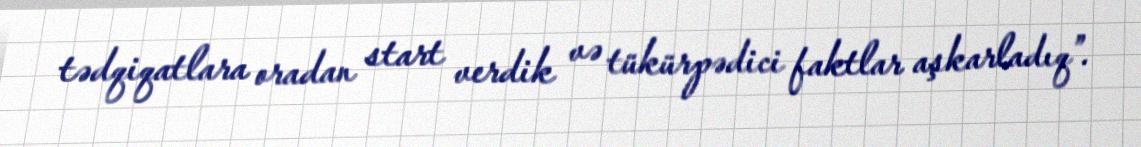
tədqiqatlara oradan start verdik və tükürpədici faktlar aşkarladıq”.